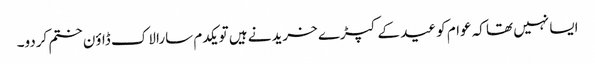
ایسا نہیں تھا کہ عوام کو عید کے کپڑے خریدنے ہیں تو یکدم سارا لاک ڈاؤن ختم کردو۔